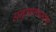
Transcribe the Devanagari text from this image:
अनुमानप्रमाण